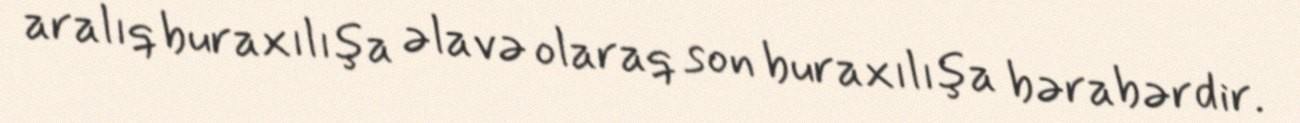
aralıq buraxılışa əlavə olaraq son buraxılışa bərabərdir.